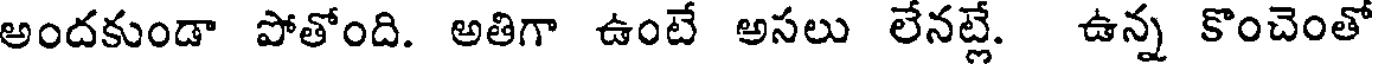
అందకుండా పోతోంది. అతిగా ఉంటే అసలు లేనట్లే. ఉన్న కొంచెంతో